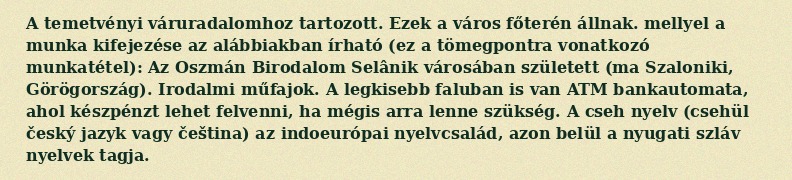
A temetvényi váruradalomhoz tartozott. Ezek a város főterén állnak. mellyel a munka kifejezése az alábbiakban írható (ez a tömegpontra vonatkozó munkatétel): Az Oszmán Birodalom Selânik városában született (ma Szaloniki, Görögország). Irodalmi műfajok. A legkisebb faluban is van ATM bankautomata, ahol készpénzt lehet felvenni, ha mégis arra lenne szükség. A cseh nyelv (csehül český jazyk vagy čeština) az indoeurópai nyelvcsalád, azon belül a nyugati szláv nyelvek tagja.